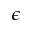
\epsilon